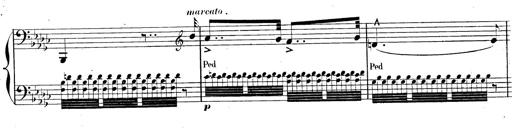
Title: AnnÃ©es de pÃ¨lerinage II, SupplÃ©ment
Composer: Franz Liszt